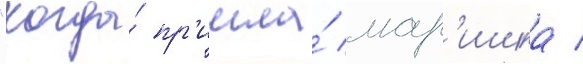
"когда́ пр'ишла́ мар'ишка /